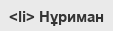
<li> Нұриман